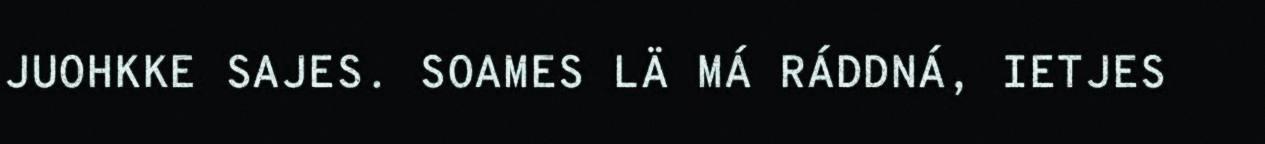
JUOHKKE SAJES. SOAMES LÄ MÁ RÁDDNÁ, IETJES